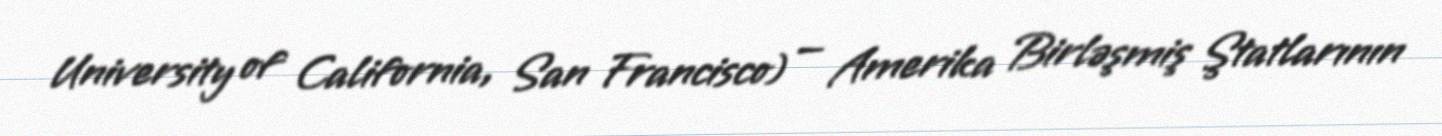
University of California, San Francisco) — Amerika Birləşmiş Ştatlarının